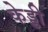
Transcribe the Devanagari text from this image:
केड्डी